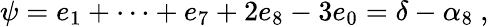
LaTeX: \psi=e_{1}+\dots+e_{7}+2e_{8}-3e_{0}=\delta-\alpha_{8}\ ,